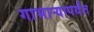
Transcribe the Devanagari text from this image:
गाभार्‍यापर्यंत